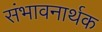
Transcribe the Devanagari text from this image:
संभावनार्थक